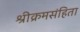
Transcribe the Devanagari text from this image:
श्रीक्रमसंहिता